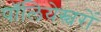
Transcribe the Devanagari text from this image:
पॉलियेस्चरों